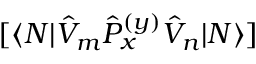
[ \langle N | \hat { V } _ { m } \hat { P } _ { x } ^ { ( y ) } \hat { V } _ { n } | N \rangle ]